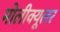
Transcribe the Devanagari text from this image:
मोलीक्यूलर